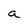
Character: a